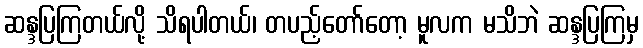
ဆန္ဒပြကြတယ်လို့ သိရပါတယ်၊ တပည့်တော်တော့ မူလက မသိဘဲ ဆန္ဒပြကြမှ